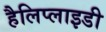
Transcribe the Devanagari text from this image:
हैलिप्लाइडी